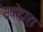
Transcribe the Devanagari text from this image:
सद्योद्वाहा